Document type: Sale
Year: 1499
Scribe: Joan Martínez de Sòria
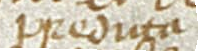
predicta